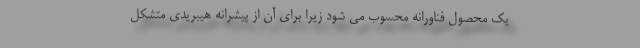
یک محصول فناورانه محسوب می شود زیرا برای آن از پیشرانه هیبریدی متشکل